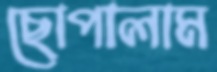
ছোপালাম